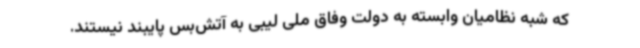
که شبه نظامیان وابسته به دولت وفاق ملی لیبی به آتش‌بس پایبند نیستند.